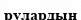
рулардың